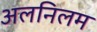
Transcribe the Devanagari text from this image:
अलनिलम